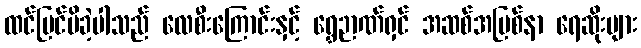
ထင်မြင်မိခဲ့ပါသည် လေစီးကြောင်းနှင့် ရွှေဉာဏ်ရှင် အဆစ်အမြစ်နာ ရေဆိုးများ